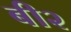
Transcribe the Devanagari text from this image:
बी२